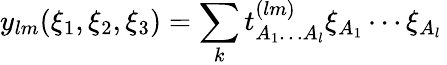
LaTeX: y_{lm}(\xi_{1},\xi_{2},\xi_{3})=\sum_{k}t_{A_{1}\ldots A_{l}}^{(lm)}\xi_{A_{1}}\cdots\xi_{A_{l}}\,